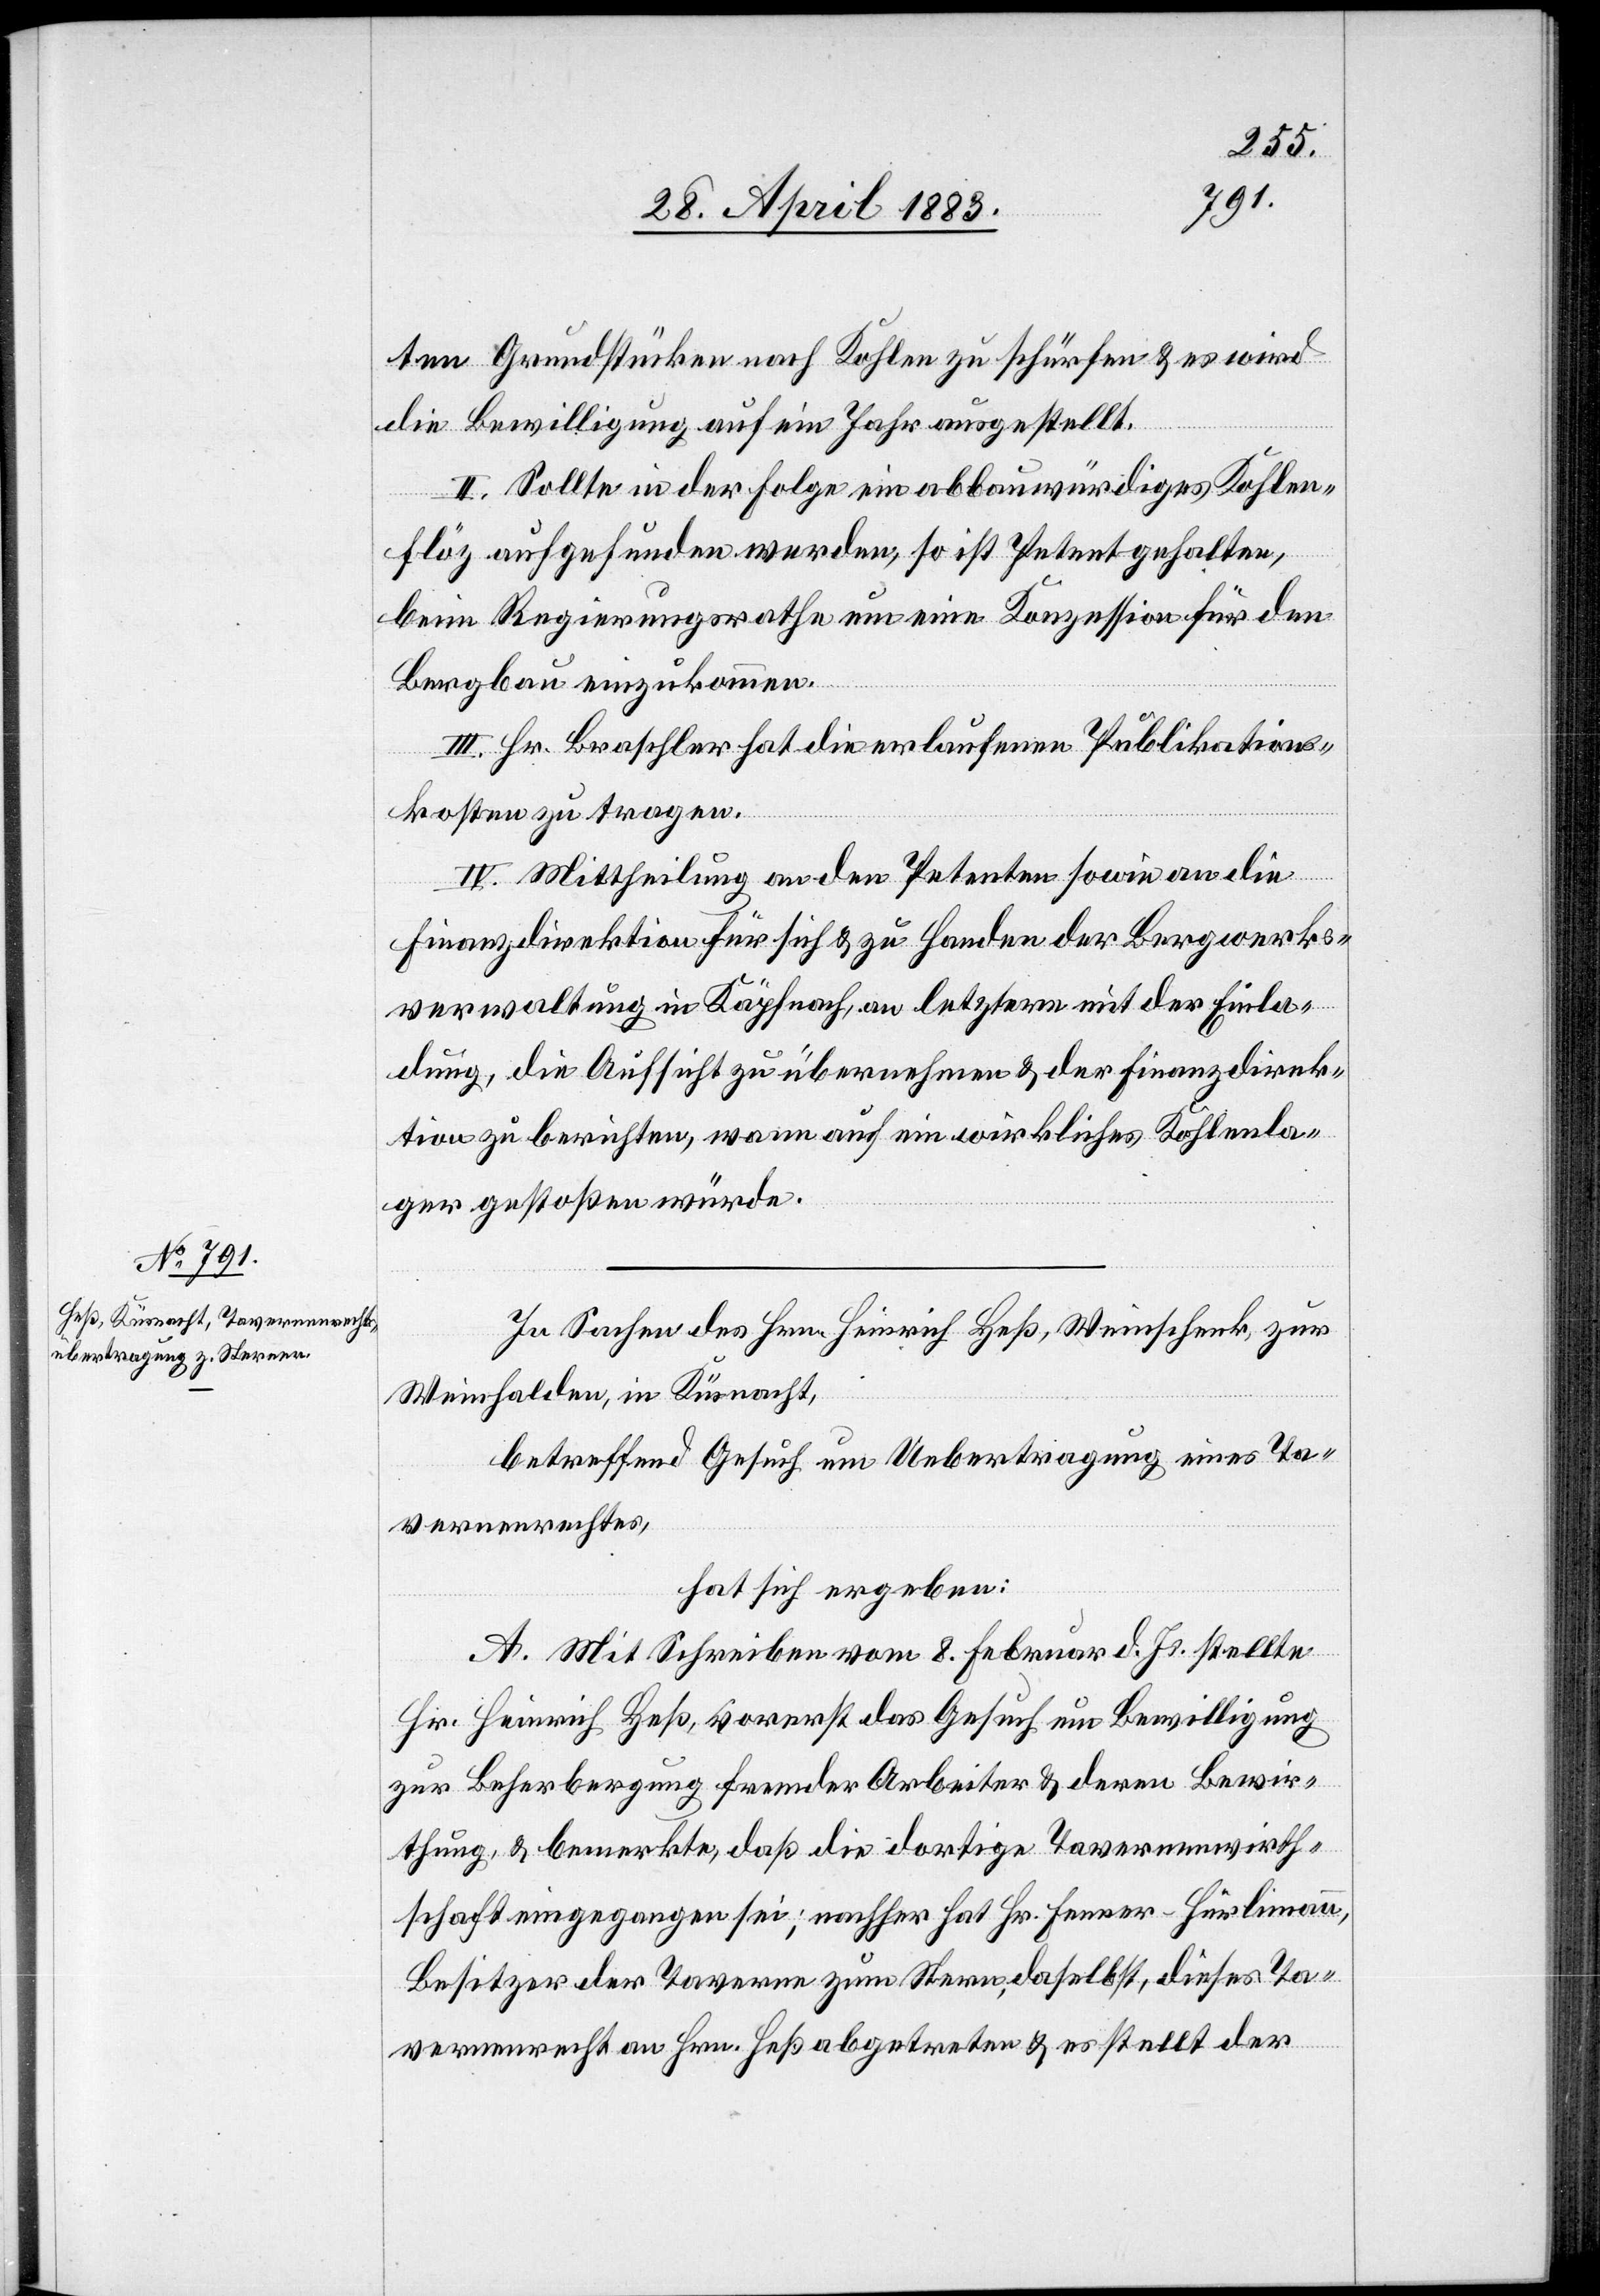
ten Grundstücken nach Kohlen zu schürfen & es wird
die Bewilligung auf ein Jahr ausgestellt.
II. Sollte in der Folge ein abbauwürdiges Kohlen¬
flöz aufgefunden werden, so ist Petent gehalten,
beim Regierungsrathe um eine Konzession für den
Bergbau einzukommen.
III. Hr. Braschler hat die erlaufenen Publikations¬
kosten zu tragen.
IV. Mittheilung an den Petenten sowie an die
Finanzdirektion für sich & zu Handen der Bergwerks¬
verwaltung in Käpfnach, an letztere mit der Einla¬
dung, die Aufsicht zu übernehmen & der Finanzdirek¬
tion zu berichten, wann auf ein wirkliches Kohlenla¬
ger gestoßen würde.
In Sachen des Hrn. Heinrich Heß, Weinschenk, zur
Weinhalden, in Küsnacht,
betreffend Gesuch um Uebertragung eines Ta¬
vernenrechtes,
hat sich ergeben:
A. Mit Schreiben vom 8. Februar d. Js. stellte
Hr. Heinrich Heß, vorerst das Gesuch um Bewilligung
zur Beherbergung fremder Arbeiter & deren Bewir¬
thung, & bemerkte, daß die dortige Tavernenwirth¬
schaft eingegangen sei; nachher hat Hr. Feerer-Hürlimann,
Besitzer der Taverne zum Stern, daselbst, dieses Ta¬
vernenrecht an Hrn. Heß abgetreten & erstellt der